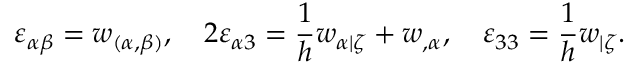
\varepsilon _ { \alpha \beta } = w _ { ( \alpha , \beta ) } , \quad 2 \varepsilon _ { \alpha 3 } = \frac { 1 } { h } w _ { \alpha | \zeta } + w _ { , \alpha } , \quad \varepsilon _ { 3 3 } = \frac { 1 } { h } w _ { | \zeta } .